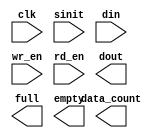
module inputfifo (
	clk,
	sinit,
	din,
	wr_en,
	rd_en,
	dout,
	full,
	empty,
	data_count);

input clk;
input sinit;
input [7 : 0] din;
input wr_en;
input rd_en;
output [7 : 0] dout;
output full;
output empty;
output [9 : 0] data_count;

// synopsys translate_off

	SYNC_FIFO_V5_0 #(
		10,	// c_dcount_width
		0,	// c_enable_rlocs
		1,	// c_has_dcount
		0,	// c_has_rd_ack
		0,	// c_has_rd_err
		0,	// c_has_wr_ack
		0,	// c_has_wr_err
		1,	// c_memory_type
		0,	// c_ports_differ
		1,	// c_rd_ack_low
		1,	// c_rd_err_low
		8,	// c_read_data_width
		512,	// c_read_depth
		8,	// c_write_data_width
		512,	// c_write_depth
		1,	// c_wr_ack_low
		1)	// c_wr_err_low
	inst (
		.CLK(clk),
		.SINIT(sinit),
		.DIN(din),
		.WR_EN(wr_en),
		.RD_EN(rd_en),
		.DOUT(dout),
		.FULL(full),
		.EMPTY(empty),
		.DATA_COUNT(data_count),
		.RD_ACK(),
		.WR_ACK(),
		.RD_ERR(),
		.WR_ERR());


// synopsys translate_on

endmodule